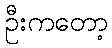
ဦးကတော့